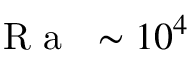
\mathrm { ~ \textit ~ { ~ R ~ a ~ } ~ } \sim 1 0 ^ { 4 }